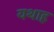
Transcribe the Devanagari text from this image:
यथाह